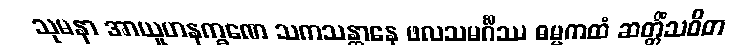
သုမနာ အာယူဟနက္ခဏေ သကသန္တာနေ ဖလသမင်္ဂိဿ ဓမ္မကထံ ဆတ္တိံသဝိဓာ